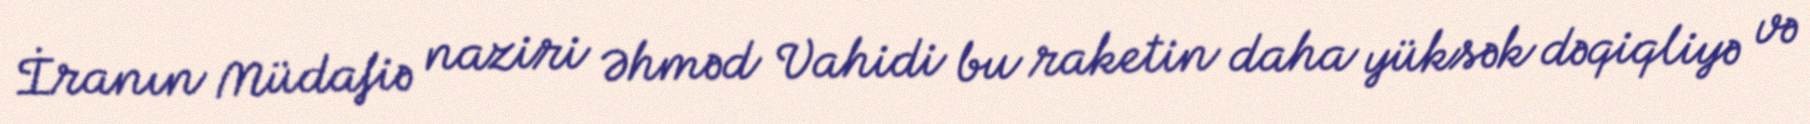
İranın Müdafiə naziri Əhməd Vahidi bu raketin daha yüksək dəqiqliyə və